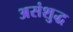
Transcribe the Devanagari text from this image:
असंशुद्ध